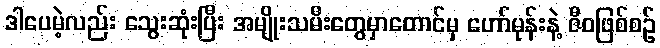
ဒါပေမဲ့လည်း သွေးဆုံးပြီး အမျိုးသမီးတွေမှာတောင်မှ ဟော်မုန်းနဲ့ ဇီဝဖြစ်စဉ်